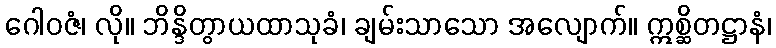
ဂေါဝဇံ၊ လို။ ဘိန္ဒိတွာယထာသုခံ၊ ချမ်းသာသော အလျောက်။ ဣစ္ဆိတဋ္ဌာနံ၊